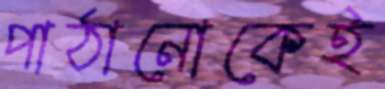
পাঠানোকেই